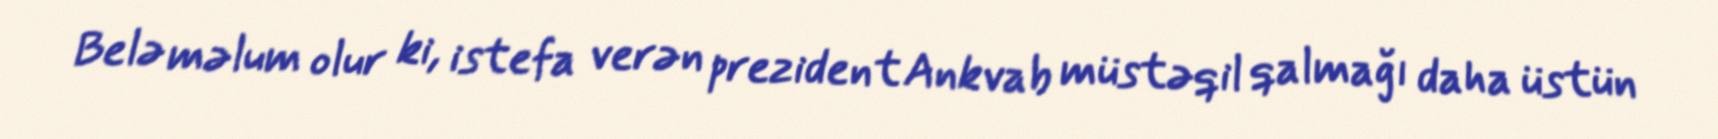
Belə məlum olur ki, istefa verən prezident Ankvab müstəqil qalmağı daha üstün